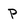
Character: P